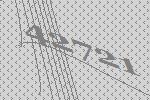
42721